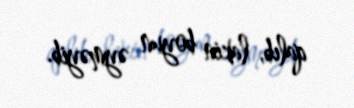
qalıb, lakin boyun əyməyib.